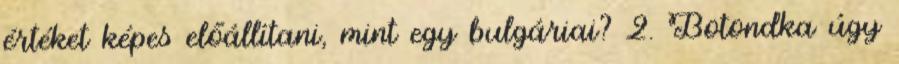
értéket képes előállítani, mint egy bulgáriai? 2. Botondka úgy